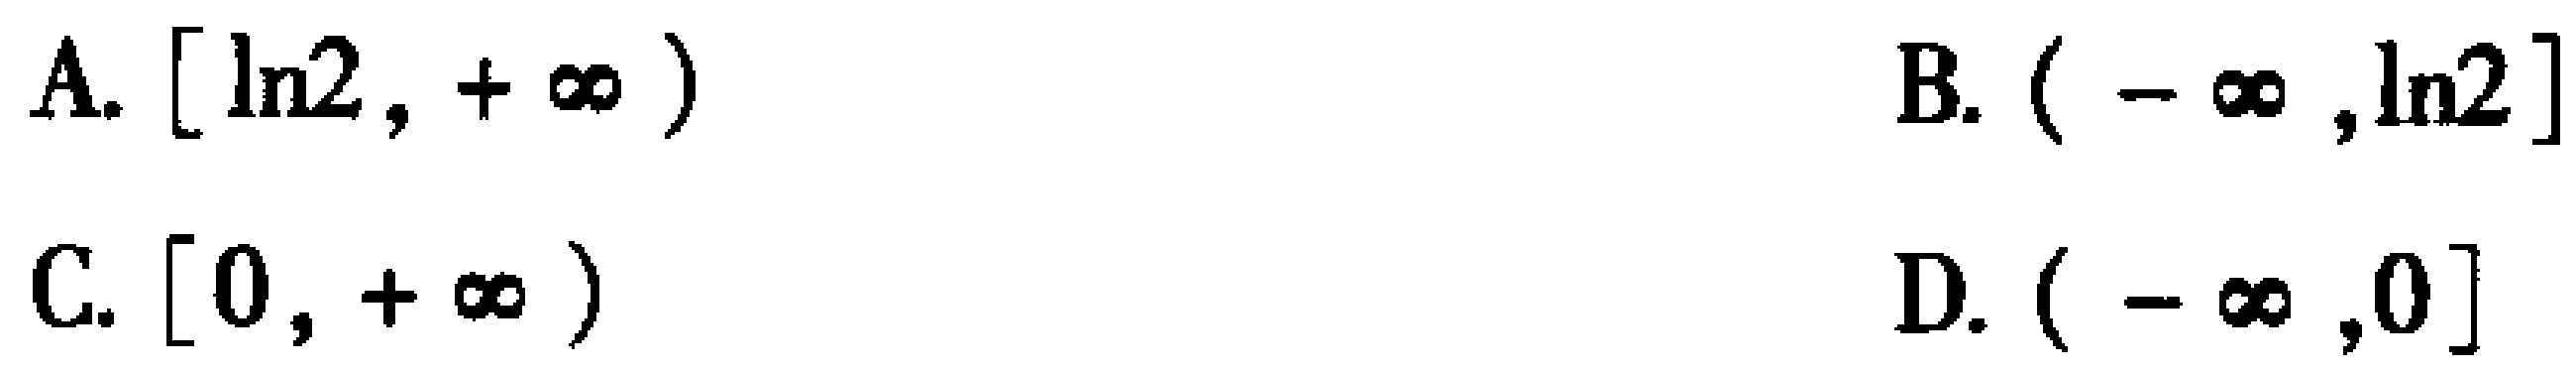
A. $[\ln2,+\infty)$
B. $(-\infty,\ln2]$
C. $[0,+\infty)$
D. $(-\infty,0]$